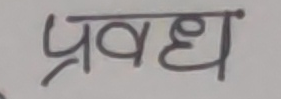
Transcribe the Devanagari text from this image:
प्रवध